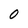
Character: 0